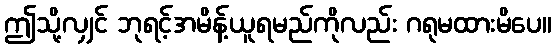
ဤသို့လျှင် ဘုရင့်အမိန့်ယူရမည်ကိုလည်း ဂရုမထားမိပေ။